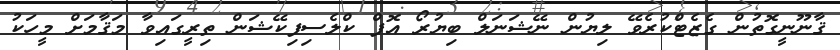
ޤާނޫނީގޮތުން ގެޒެޓްކުރެވޭ ލިޔުން ނޭޝަނަލް ބިޔުރޯ އޮފް ކްލެސިފިކޭޝަން ތިރީގައިވާ މަޤާމަށް މީހަކު